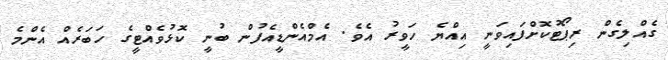
ގެއްލިގެން ރިޕޯޓުކޮށްފައިވަނީ އިއްޔެ ހަވީރު އެވެ. އެމްއެންޑީއެފުން ބުނީ ކޮޅުވެއްޓީގެ ހަބަރެއް އެންމެ